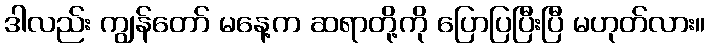
ဒါလည်း ကျွန်တော် မနေ့က ဆရာတို့ကို ပြောပြပြီးပြီ မဟုတ်လား။